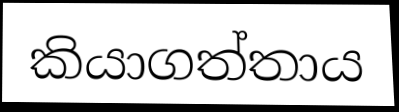
කියාගත්තාය